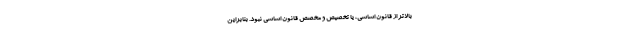
بالاتر از قانون اساسی، یا تخصیص و مخصص قانون اساسی نبود. بنابراین